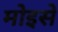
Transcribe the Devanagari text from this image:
मोइसे